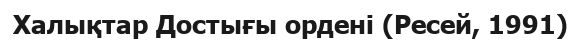
Халықтар Достығы ордені (Ресей, 1991)